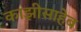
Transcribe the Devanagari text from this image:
काझीसाहेब